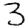
Digit: 3